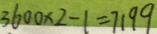
3 6 0 0 \times 2 - 1 = 7 1 9 9